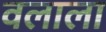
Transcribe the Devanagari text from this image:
वलाला